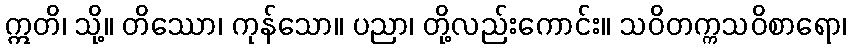
ဣတိ၊ သို့။ တိဿော၊ ကုန်သော။ ပညာ၊ တို့လည်းကောင်း။ သဝိတက္ကသဝိစာရော၊